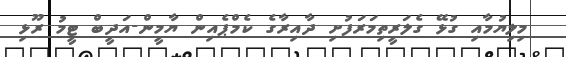
މިލިޔުމާއި ގުޅޭ ގެލަރީތިމަރަފުށި ދާއިރާގެ ކެމްޕެއިން ޔާމީން-އަދީބް ޓީމު ރޫޅި